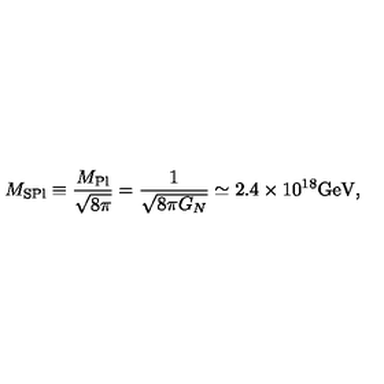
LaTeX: M _ { \mathrm { S P l } } \equiv \frac { M _ { \mathrm { P l } } } { \sqrt { 8 \pi } } = \frac { 1 } { \sqrt { 8 \pi G _ { N } } } \simeq 2 . 4 \times 1 0 ^ { 1 8 } \mathrm { G e V } ,